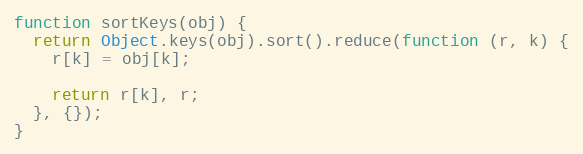
Language: JavaScript
function sortKeys(obj) {
  return Object.keys(obj).sort().reduce(function (r, k) {
    r[k] = obj[k];

    return r[k], r;
  }, {});
}